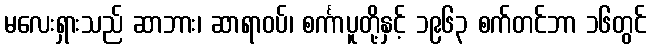
မလေးရှားသည် ဆာဘား၊ ဆာရာဝပ်၊ စင်္ကာပူတို့နှင့် ၁၉၆၃ စက်တင်ဘာ ၁၆တွင်